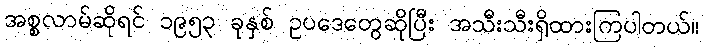
အစ္စလာမ်ဆိုရင် ၁၉၅၃ ခုနှစ် ဥပဒေတွေဆိုပြီး အသီးသီးရှိထားကြပါတယ်။